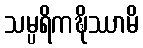
သမ္ပရိကဍ္ဎိဿာမိ